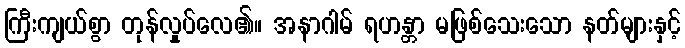
ကြီးကျယ်စွာ တုန်လှုပ်လေ၏။ အနာဂါမ် ရဟန္တာ မဖြစ်သေးသော နတ်များနှင့်